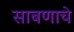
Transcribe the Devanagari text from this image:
साबणाचे